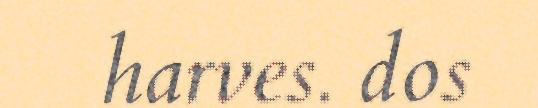
harves. dos